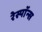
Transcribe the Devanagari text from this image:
रेस्पाॅन्स